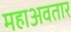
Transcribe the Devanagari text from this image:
महाअवतार